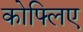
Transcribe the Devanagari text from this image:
कोफ्लिए